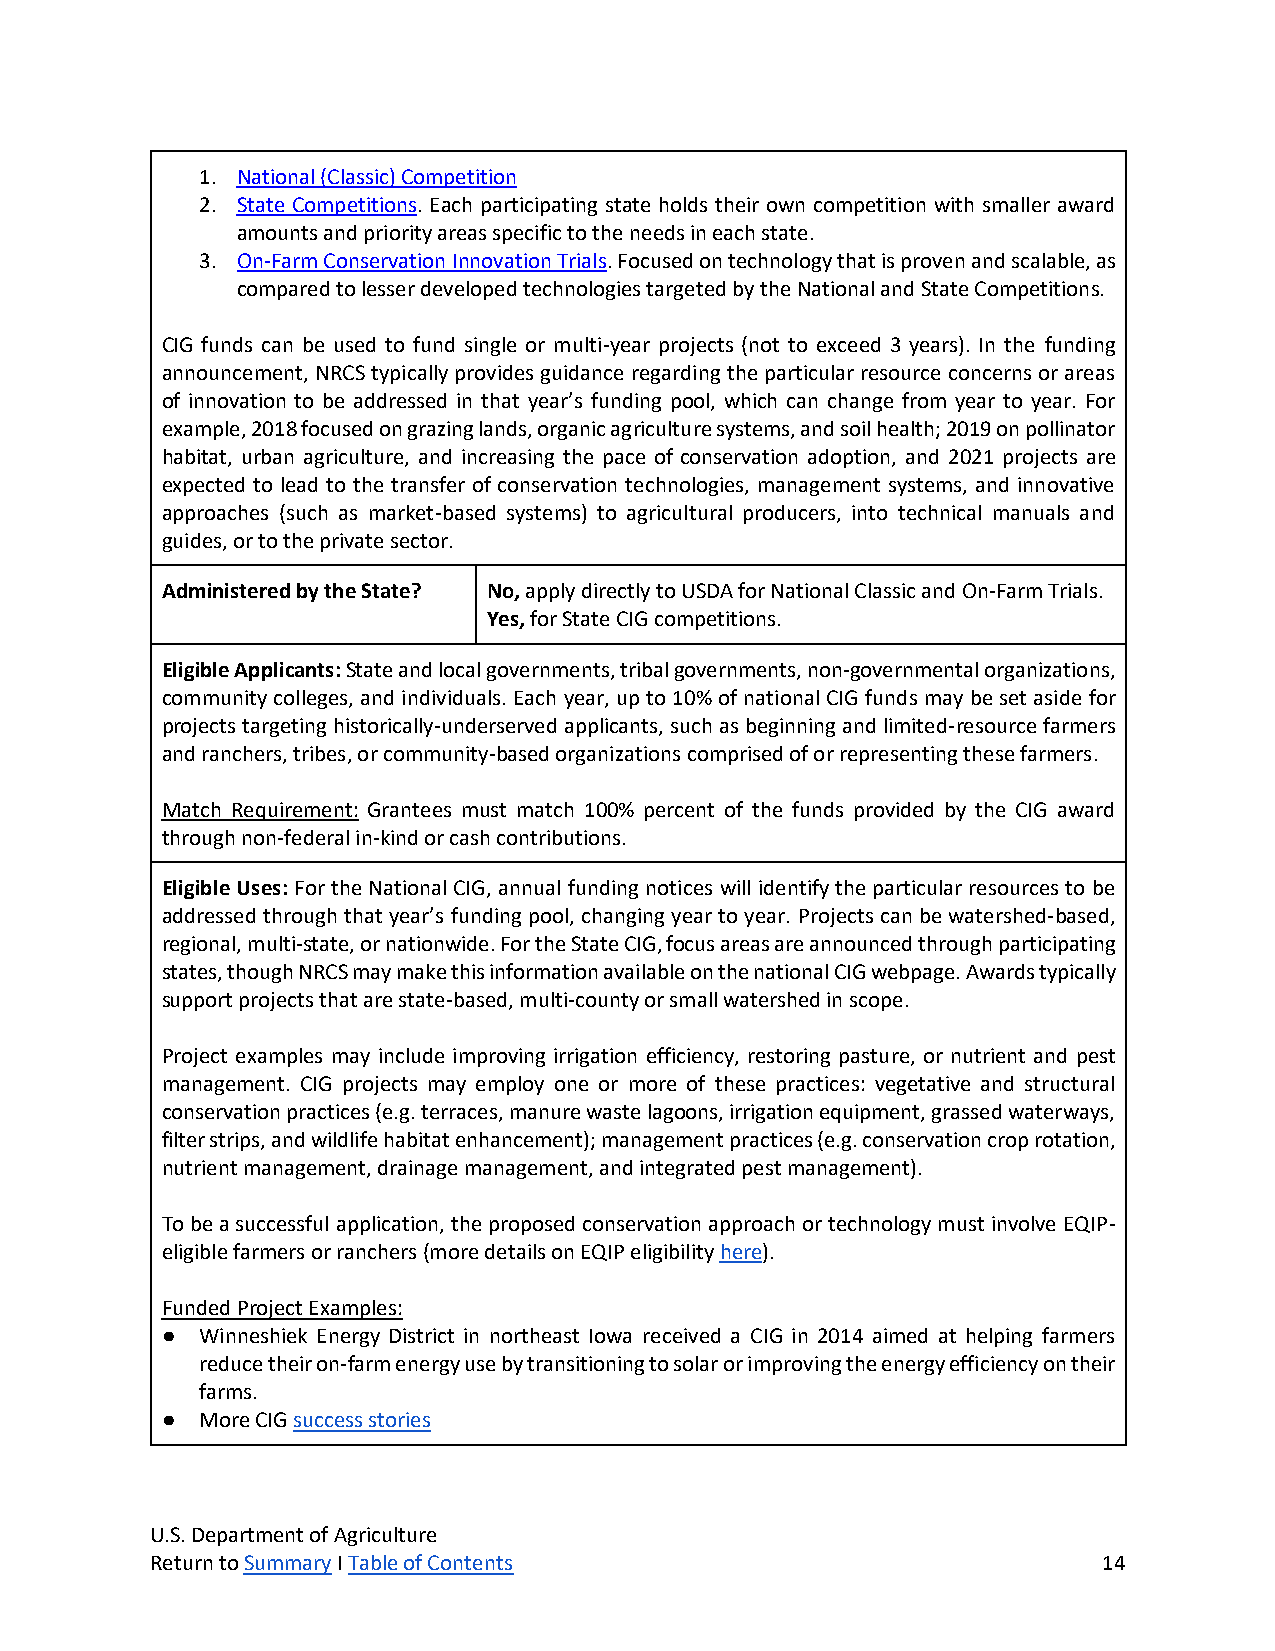
1. National (Classic) Competition
 2. State Competitions. Each participating state holds their own competition with smaller award
 amounts and priority areas specific to the needs in each state.
 3. On-Farm Conservation Innovation Trials. Focused on technology that is proven and scalable, as
 compared to lesser developed technologies targeted by the National and State Competitions.
 CIG funds can be used to fund single or multi-year projects (not to exceed 3 years). In the funding
 announcement, NRCS typically provides guidance regarding the particular resource concerns or areas
 of innovation to be addressed in that year’s funding pool, which can change from year to year. For
 example, 2018 focused on grazing lands, organic agriculture systems, and soil health; 2019 on pollinator
 habitat, urban agriculture, and increasing the pace of conservation adoption, and 2021 projects are
 expected to lead to the transfer of conservation technologies, management systems, and innovative
 approaches (such as market-based systems) to agricultural producers, into technical manuals and
 guides, or to the private sector.
 Administered by the State? No, apply directly to USDA for National Classic and On-Farm Trials.
 Yes, for State CIG competitions.
 Eligible Applicants: State and local governments, tribal governments, non-governmental organizations,
 community colleges, and individuals. Each year, up to 10% of national CIG funds may be set aside for
 projects targeting historically-underserved applicants, such as beginning and limited-resource farmers
 and ranchers, tribes, or community-based organizations comprised of or representing these farmers.
 Match Requirement: Grantees must match 100% percent of the funds provided by the CIG award
 through non-federal in-kind or cash contributions.
 Eligible Uses: For the National CIG, annual funding notices will identify the particular resources to be
 addressed through that year’s funding pool, changing year to year. Projects can be watershed-based,
 regional, multi-state, or nationwide. For the State CIG, focus areas are announced through participating
 states, though NRCS may make this information available on the national CIG webpage. Awards typically
 support projects that are state-based, multi-county or small watershed in scope.
 Project examples may include improving irrigation efficiency, restoring pasture, or nutrient and pest
 management. CIG projects may employ one or more of these practices: vegetative and structural
 conservation practices (e.g. terraces, manure waste lagoons, irrigation equipment, grassed waterways,
 filter strips, and wildlife habitat enhancement); management practices (e.g. conservation crop rotation,
 nutrient management, drainage management, and integrated pest management).
 To be a successful application, the proposed conservation approach or technology must involve EQIP-
 eligible farmers or ranchers (more details on EQIP eligibility here).
 Funded Project Examples:
 ● Winneshiek Energy District in northeast Iowa received a CIG in 2014 aimed at helping farmers
 reduce their on-farm energy use by transitioning to solar or improving the energy efficiency on their
 farms.
 ● More CIG success stories
 U.S. Department of Agriculture
 Return to Summary I Table of Contents                          14